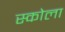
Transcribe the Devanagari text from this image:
स्कोला